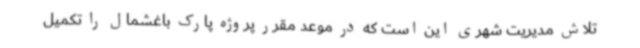
تلاش مدیریت شهری این است که در موعد مقرر پروژه پارک باغشمال را تکمیل